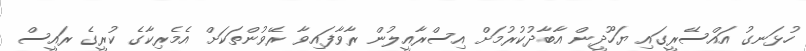
ހުޅަނގު އައްސޭރީގައި ޔަހޫދީން އާބާދުކުރުމަށް އިސްރާއީލުން ރާވާފައިވާ ރޭވުންތަކަށް އެމެރިކާގެ ކުރީގެ ރައީސް